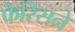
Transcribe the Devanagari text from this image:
फेरिसने